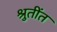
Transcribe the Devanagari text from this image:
श्रुतींत